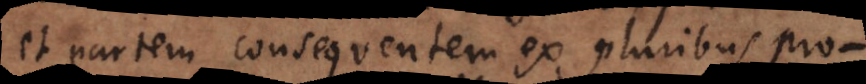
et partem consequentem ex pluribus pro